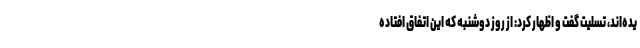
یده‌اند، تسلیت گفت و اظهار کرد: از روز دوشنبه که این اتفاق افتاده